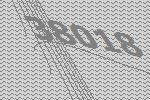
38018